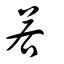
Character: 若